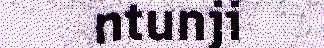
ntunji